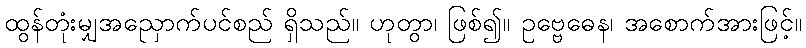
ထွန်တုံးမျှအညှောက်ပင်စည် ရှိသည်။ ဟုတွာ၊ ဖြစ်၍။ ဥဗ္ဗေဓေန၊ အစောက်အားဖြင့်။